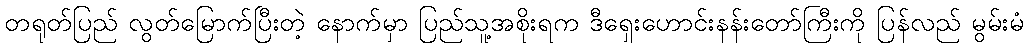
တရုတ်ပြည် လွတ်မြောက်ပြီးတဲ့ နောက်မှာ ပြည်သူ့အစိုးရက ဒီရှေးဟောင်းနန်းတော်ကြီးကို ပြန်လည် မွမ်းမံ